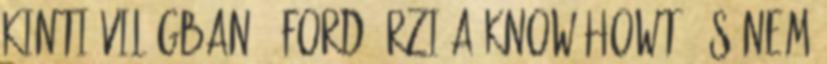
kinti világban . Ford őrzi a know-howt, és nem